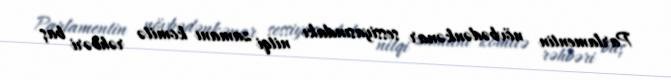
Parlamentin növbədənkənar sessiyasındakı nitqi zamanı komitə rəhbəri baş